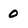
Character: 0